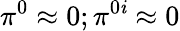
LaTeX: \pi^{0}\approx0;\pi^{0\mathit{i}}\approx0